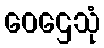
ဝေဌေသုံ